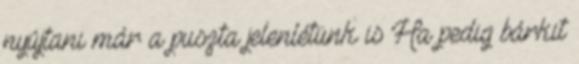
nyújtani már a puszta jelenlétünk is Ha pedig bárkit